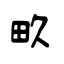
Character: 畂